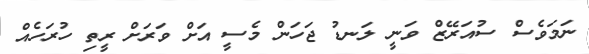
ނަމަވެސް ސުއަރޭޒް ވަނީ ލަނޑު ޖަހަން މެސީ އަށް ވަރަށް ރީތި ހުރަހެއް